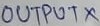
Text: OUTPUTX